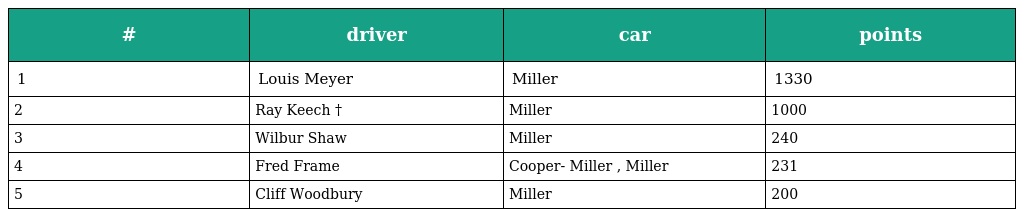
| # | driver | car | points |
 | --- | --- | --- | --- |
 | 1 | Louis Meyer | Miller | 1330 |
 | 2 | Ray Keech † | Miller | 1000 |
 | 3 | Wilbur Shaw | Miller | 240 |
 | 4 | Fred Frame | Cooper- Miller , Miller | 231 |
 | 5 | Cliff Woodbury | Miller | 200 |